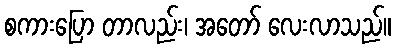
စကားပြော တာလည်း၊ အတော် လေးလာသည်။